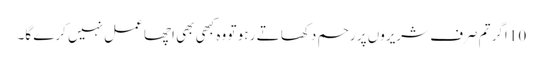
10 اگر تم صرف شریروں پر رحم دکھا تے ر ہو تو وہ کبھی بھی اچھا عمل نہیں کرے گا۔